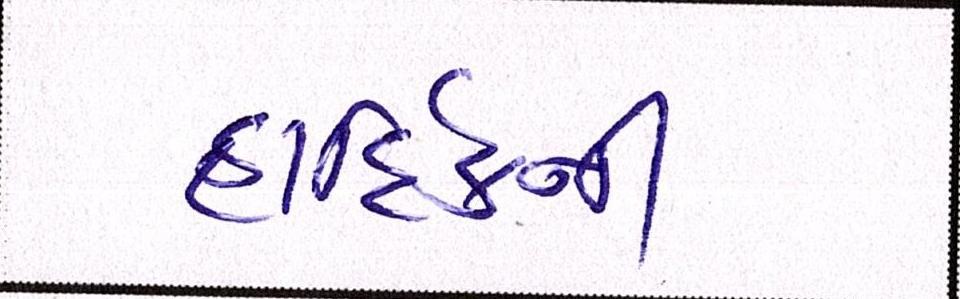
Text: હાદિર્કની